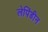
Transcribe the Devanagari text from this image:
लेपिंडीन